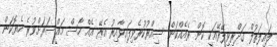
ލައިލަތުލް ގަދްރިވިލޭރޭއަކީ ކޮން ރެއެއްކަން ސިއްރުކުރެވިފައިވާއިރު އެރޭ އެއް ހާސް މައްސަރަށްވުރެ ހެޔޮކަން